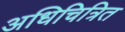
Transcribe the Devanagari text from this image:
अधिचित्रित